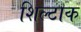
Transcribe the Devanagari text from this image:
शिल्टाक